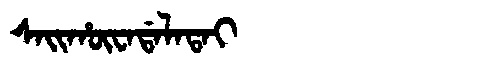
Manchu: ᠰᠠᡳᡥᡡᠸᠠᡩᠠᠯᠠᡨᠠᡳ
Romanization: SAIHŪWADALATAI